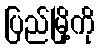
ပြည်မြို့ကို